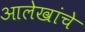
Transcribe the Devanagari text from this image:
आलेखांचे